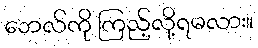
ဘေလ်ကို ကြည့်လို့ရမလား။